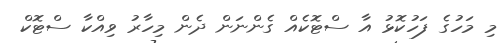
މި މަހުގެ ފަހުކޮޅު އާ ސްޓޮކެއް ގެންނަން ދެން މިހާރު ވިއްކާ ސްޓޮކް